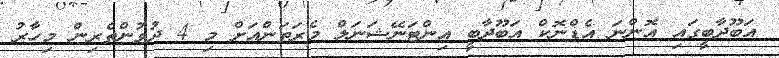
އަބޫދާބީގައި އޮންނަ އެޑްނޮކް އަބޫދާބީ އިންޓަނޭޝަނަލް މެރަތަންއަށް މި 4 ދުވުންތެރިން މިހާރު